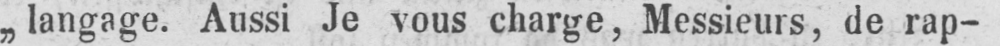
„langage. Aussi Je vous charge, Messieurs, de rap-